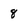
Character: 8